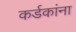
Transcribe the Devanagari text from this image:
कर्डकांना